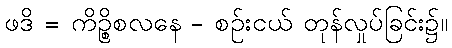
ဖဒိ = ကိဉ္စိစလနေ - စဉ်းငယ် တုန်လှုပ်ခြင်း၌။